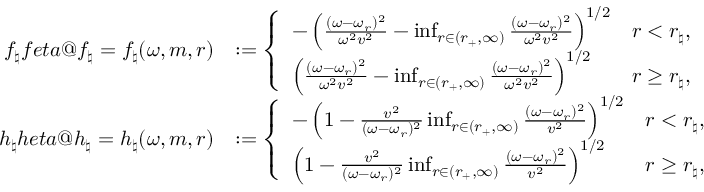
\begin{array} { r l } { f _ { \natural } \index { f e t a @ f _ { \natural } } = f _ { \natural } ( \omega , m , r ) } & { : = \left\{ \begin{array} { l l } { - \left( \frac { ( \omega - \omega _ { r } ) ^ { 2 } } { \omega ^ { 2 } v ^ { 2 } } - \operatorname* { i n f } _ { r \in ( r _ { + } , \infty ) } \frac { ( \omega - \omega _ { r } ) ^ { 2 } } { \omega ^ { 2 } v ^ { 2 } } \right) ^ { 1 / 2 } } & { r < r _ { \natural } , } \\ { \left( \frac { ( \omega - \omega _ { r } ) ^ { 2 } } { \omega ^ { 2 } v ^ { 2 } } - \operatorname* { i n f } _ { r \in ( r _ { + } , \infty ) } \frac { ( \omega - \omega _ { r } ) ^ { 2 } } { \omega ^ { 2 } v ^ { 2 } } \right) ^ { 1 / 2 } } & { r \geq r _ { \natural } , } \end{array} \right. } \\ { h _ { \natural } \index { h e t a @ h _ { \natural } } = h _ { \natural } ( \omega , m , r ) } & { : = \left\{ \begin{array} { l l } { - \left( 1 - \frac { v ^ { 2 } } { ( \omega - \omega _ { r } ) ^ { 2 } } \operatorname* { i n f } _ { r \in ( r _ { + } , \infty ) } \frac { ( \omega - \omega _ { r } ) ^ { 2 } } { v ^ { 2 } } \right) ^ { 1 / 2 } } & { r < r _ { \natural } , } \\ { \left( 1 - \frac { v ^ { 2 } } { ( \omega - \omega _ { r } ) ^ { 2 } } \operatorname* { i n f } _ { r \in ( r _ { + } , \infty ) } \frac { ( \omega - \omega _ { r } ) ^ { 2 } } { v ^ { 2 } } \right) ^ { 1 / 2 } } & { r \geq r _ { \natural } , } \end{array} \right. } \end{array}